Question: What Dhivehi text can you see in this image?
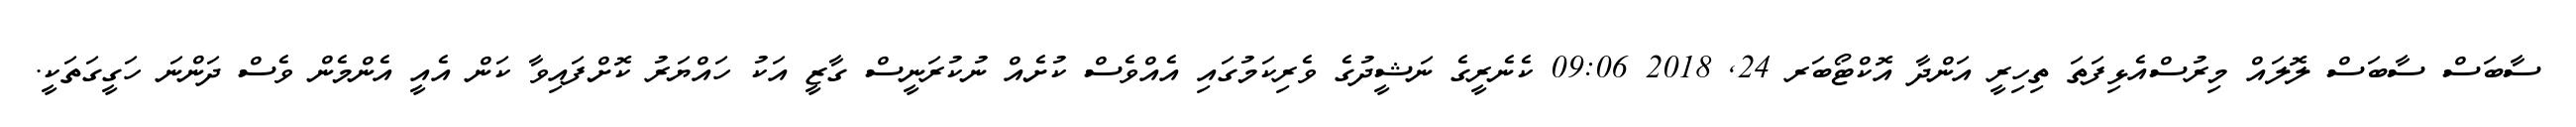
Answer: ސާބަސް ސާބަސް ލޮލައް މިރުސްއެޅިފަތަ ތިހިރީ އަންދާ އޮކްޓޯބަރ 24, 2018 09:06 ކެނެރީގެ ނަޝީދުގެ ވެރިކަމުގައި އެއްވެސް ކުށެއް ނުކުރަނީސް ގާޒީ އަކު ހައްޔަރު ކޮށްފައިވާ ކަން އެއީ އެންމެން ވެސް ދަންނަ ހަގީގަތަކީ.